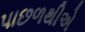
પાછળથીએ